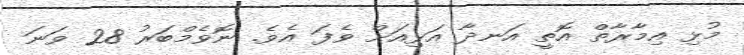
މުޅި އިމާރާތް އޮތީ އަނދާ އަޅިއަށް ވެފަ އެވެ. ނޮވެމްބަރު 28 ވަނަ